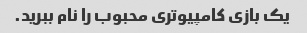
یک بازی کامپیوتری محبوب را نام ببرید.